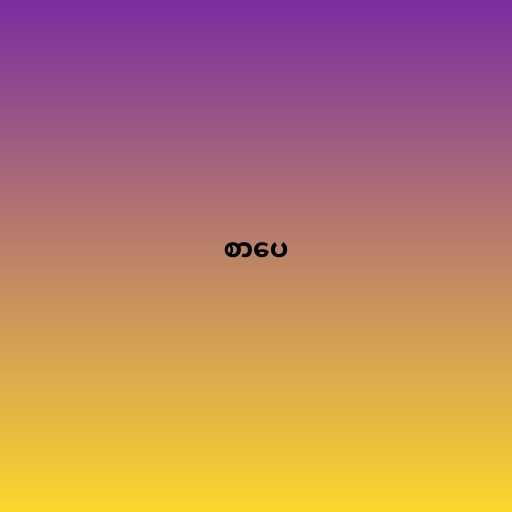
စာပေ